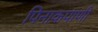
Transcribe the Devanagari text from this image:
पिनाकपाणी